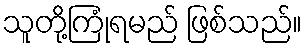
သူတို့ကြုံရမည် ဖြစ်သည်။